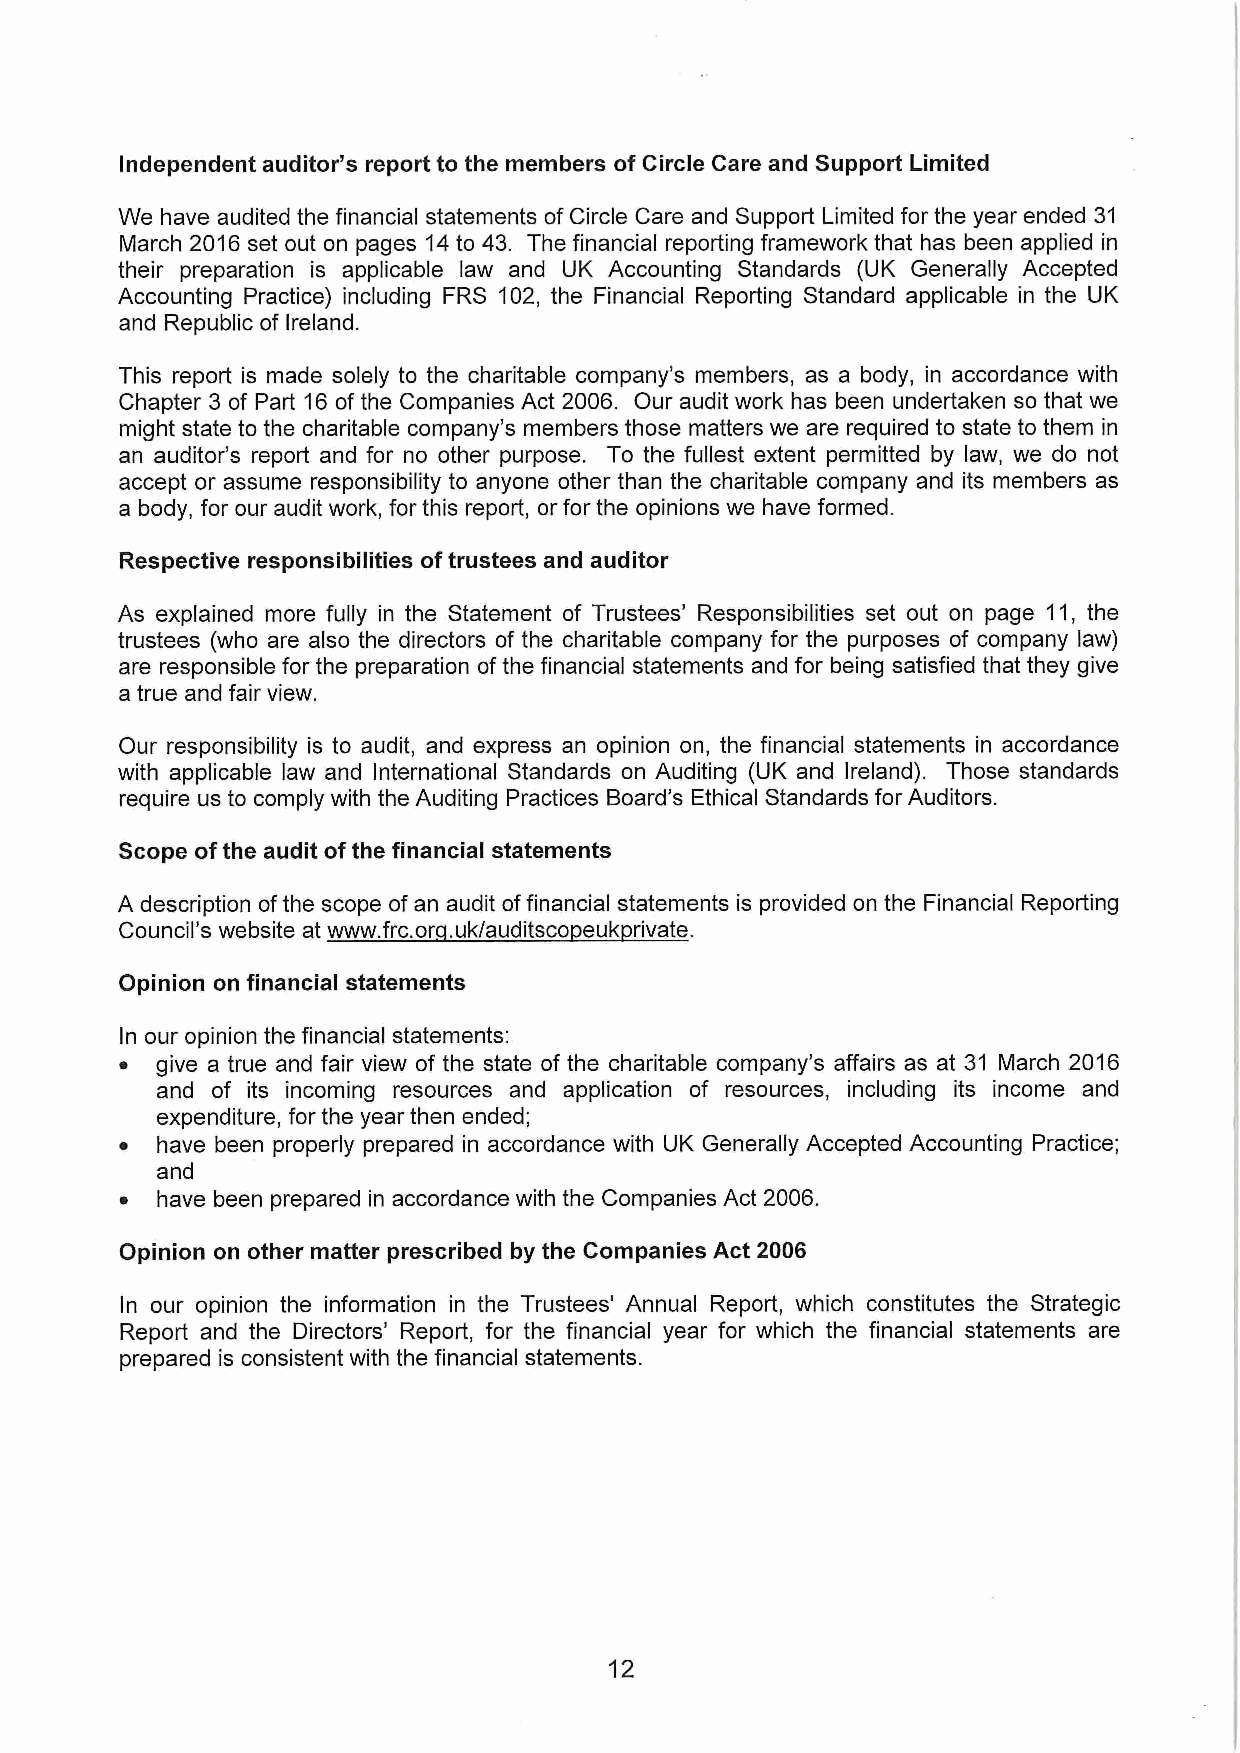
Independent auditor's report to the members of Circle Care and Support Limited
 We have audited the financial statements ofCircle Care and Support Limited for the year ended 31
 March 2016set out on pages 14to 43. The financial reporting framework that has been applied in
 their preparation is applicable law and UK Accounting Standards (UK Generally Accepted
 Accounting Practice) including FRS 102, the Financial Reporting Standard applicable in the UK
 and Republic of Ireland.
 This report is made solely to the charitable company's members, as a body, in accordance with
 Chapter 3 of Part 16of the Companies Act 2006. Our audit work has been undertaken so that we
 might state to the charitable company's members those matters we are required to state to them in
 an auditor's report and for no other purpose. To the fullest extent permitted by law, we do not
 accept or assume responsibility to anyone other than the charitable company and its members as
 a body, for our audit work, for this report, or for the opinions we have formed.
 Respective responsibilities oftrustees and auditor
 As explained more fully in the Statement of Trustees' Responsibilities set out on page 11, the
 trustees (who are also the directors of the charitable company for the purposes of company law)
 are responsible for the preparation ofthe financial statements and for being satisfied that they give
 a true and fair view.
 Our responsibility is to audit, and express an opinion on, the financial statements in accordance
 with applicable law and International Standards on Auditing (UK and Ireland). Those standards
 require us to comply with the Auditing Practices Board's Ethical Standards for Auditors.
 Scope ofthe audit ofthe financial statements
 A description ofthe scope of an audit offinancial statements is provided on the Financial Reporting
 Council's websiteatwww. frc.or .uk/auditsco euk rivate.
 Opinion on financial statements
 In our opinion the financial statements:
 ~ give a true and fair view of the state of the charitable company's affairs as at 31 March 2016
 and of its incoming resources and application of resources, including its income and
 expenditure, for the year then ended;
 ~ have been properly prepared in accordance with UK Generally Accepted Accounting Practice;
 and
 ~ have been prepared in accordance with the Companies Act 2006.
 Opinion on other matter prescribed by the Companies Act 2006
 In our opinion the information in the Trustees' Annual Report, which constitutes the Strategic
 Report and the Directors' Report, for the financial year for which the financial statements are
 prepared is consistent with the financial statements.
 12